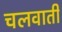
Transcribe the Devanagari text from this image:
चलवाती